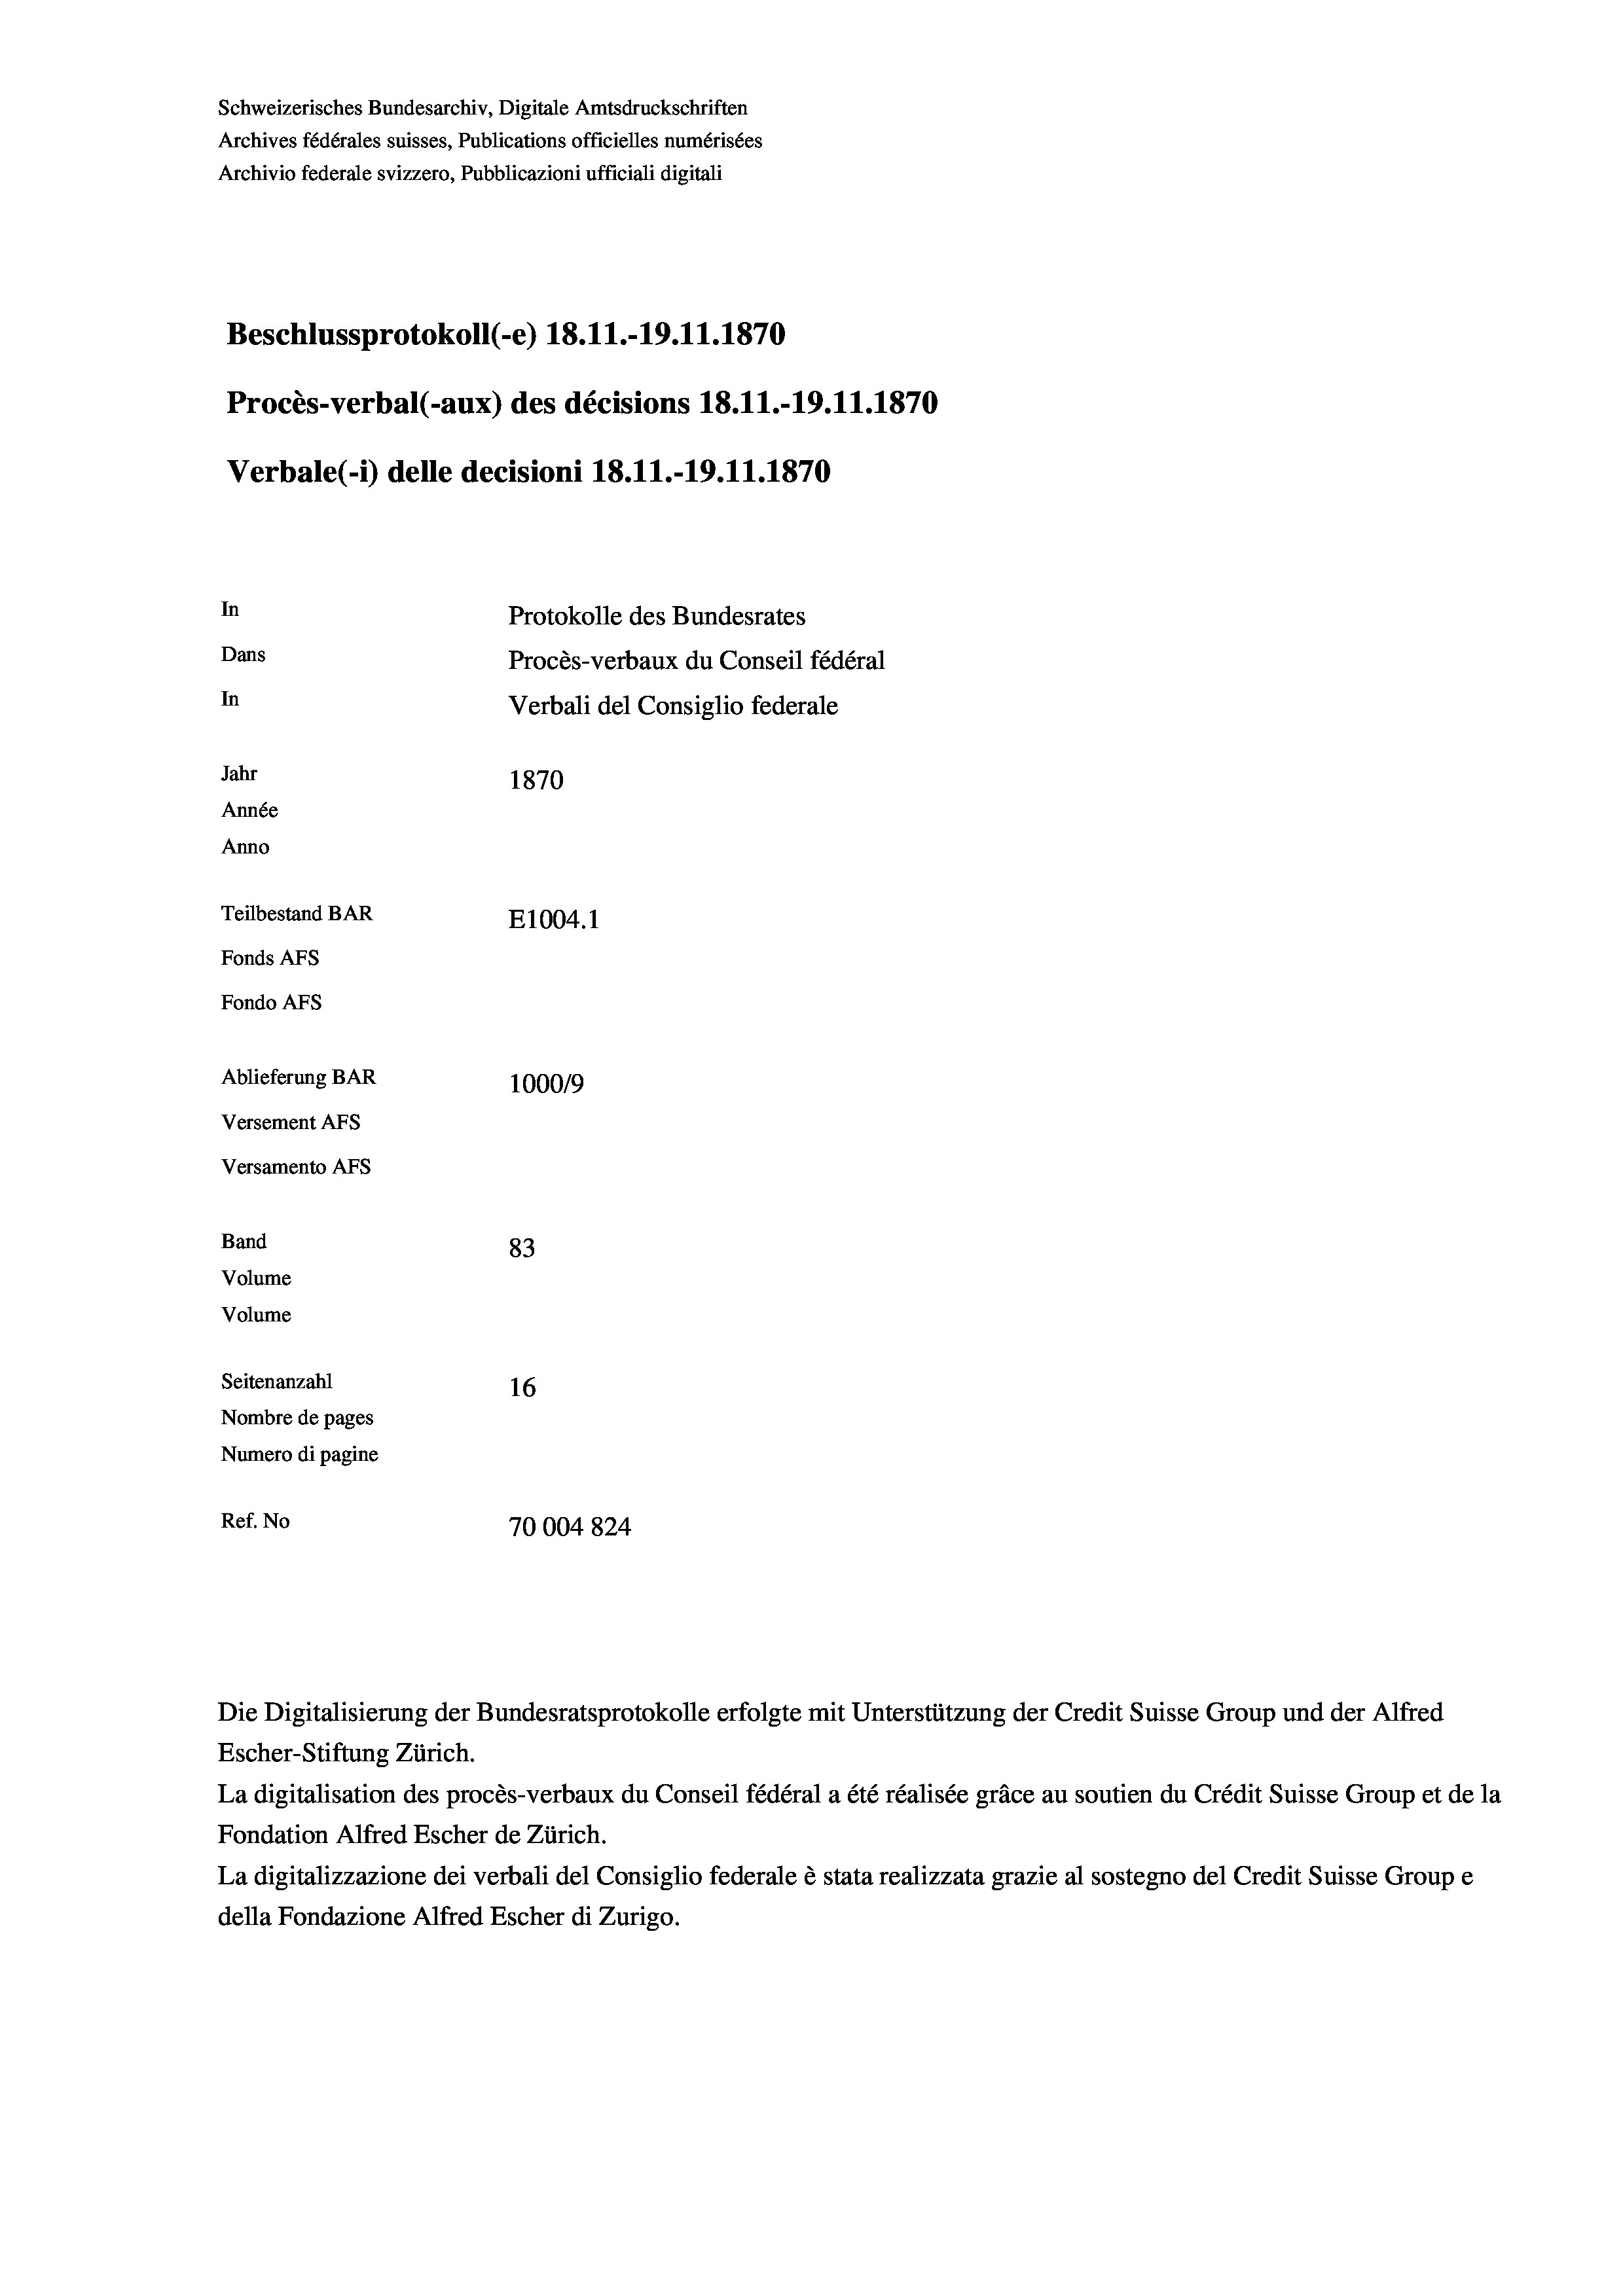
Schweizerisches Bundesarchiv, Digitale Amtsdruckschriften
Archives fédérales suisses, Publications officielles numérisées
Archivio federale svizzero, Pubblicazioni ufficiali digitali
Beschlussprotokoll (-e) 18.11.-19.11.1870
Procès-verbal (-aux) des décisions 18.11.-19.11.1870
Verbale (i) delle decisioni 18.11.-19.11.1870
In
Protokolle des Bundesrates
Dans
Procès-verbaux du Conseil fédéral
In
Verbali del Consiglio federale
Jahr
1870
Année
Anno
Teilbestand BAR
E1004. 1
Fonds AFs
Fondo Afs
Ablieferung BAR
100019
Versement AFs
Versamento Afs
Band
83
Volume
Volume
Seitenanzahl
16
Nombre de pages
Numero di pagine
Ref. No
70004824

Escher-Stiftung Zürich.
La digitalisation des procès-verbaux du Conseil fédéral a été réalisée gräce au soutien du Crédit Suisse Group et de la
Fondation Alfred Escher de Zürich.
La digitalizzazione dei verbali del Consiglio federale è stata realizzata grazie al sostegno del Credit Suisse Groupe
della Fondazione Alfred Escher di Zurigo.

Die Digitalisierung der Bundesratsprotokolle erfolgte mit Unterstützung der Credit Suisse Group und der Alfred